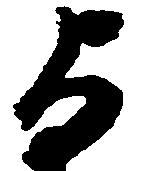
与